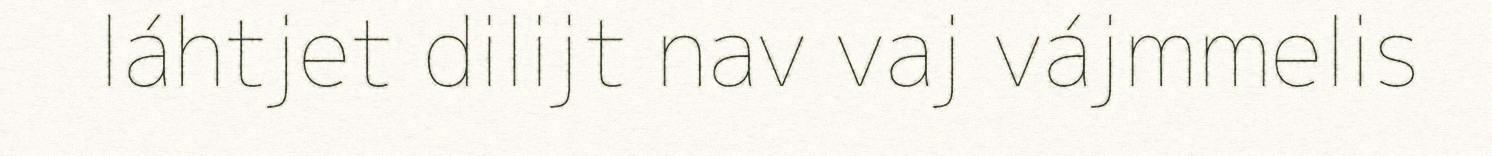
láhtjet dilijt nav vaj vájmmelis